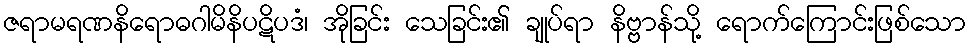
ဇရာမရဏနိရောဓဂါမိနိပဋိပဒံ၊ အိုခြင်း သေခြင်း၏ ချုပ်ရာ နိဗ္ဗာန်သို့ ရောက်ကြောင်းဖြစ်သော